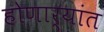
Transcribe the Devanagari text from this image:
होणार्‍यांत